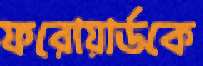
ফরোয়ার্ডকে